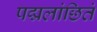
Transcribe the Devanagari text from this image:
पद्मलांछितं